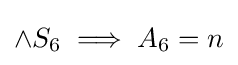
\land S_{6}\implies A_{6}=n